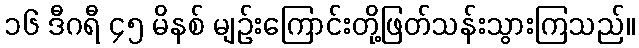
၁၆ ဒီဂရီ ၄၅ မိနစ် မျဉ်းကြောင်းတို့ဖြတ်သန်းသွားကြသည်။